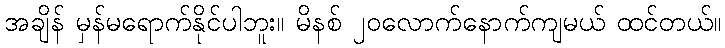
အချိန် မှန်မရောက်နိုင်ပါဘူး။ မိနစ် ၂၀လောက်နောက်ကျမယ် ထင်တယ်။